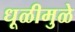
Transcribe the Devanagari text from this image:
धूळीमुळे